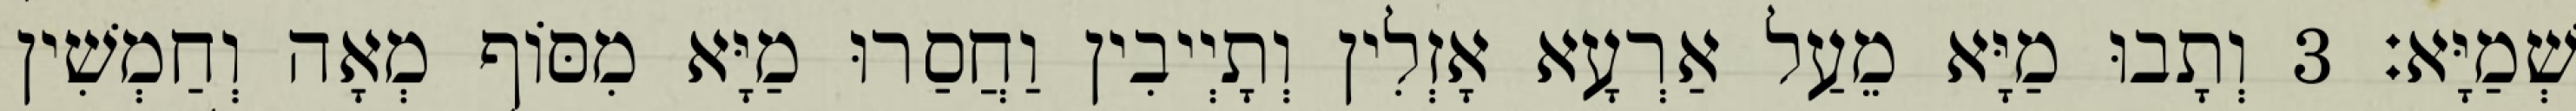
שְׁמַיָּא׃ 3 וְתָבוּ מַיָּא מֵעַל אַרְעָא אָזְלִין וְתָיְיבִין וַחֲסַרוּ מַיָּא מִסּוֹף מְאָה וְחַמְשִׁין